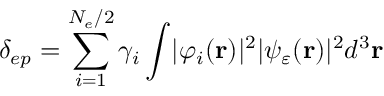
\delta _ { e p } = \sum _ { i = 1 } ^ { N _ { e } / 2 } \gamma _ { i } \int \lvert \varphi _ { i } ( \mathbf { r } ) \rvert ^ { 2 } \lvert \psi _ { \varepsilon } ( \mathbf { r } ) \rvert ^ { 2 } d ^ { 3 } \mathbf { r }